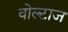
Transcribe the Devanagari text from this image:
वोल्टाज